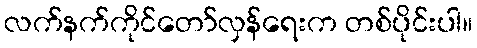
လက်နက်ကိုင်တော်လှန်ရေးက တစ်ပိုင်းပါ။